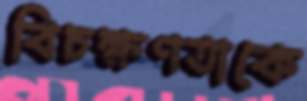
বিচক্ষণতাকে